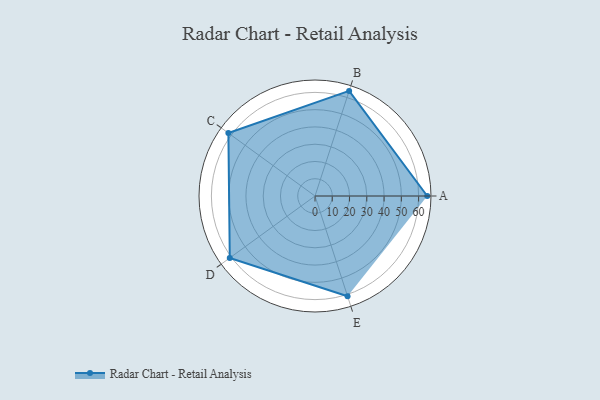
{"axis": {"x": "Skill", "y": "Score"}, "legend": ["Profile"], "data": [{"x": "A", "y": 65.0, "type": "Profile"}, {"x": "B", "y": 64.0, "type": "Profile"}, {"x": "C", "y": 62.0, "type": "Profile"}, {"x": "D", "y": 61.0, "type": "Profile"}, {"x": "E", "y": 61.0, "type": "Profile"}]}